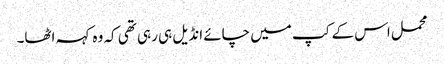
محمل اس کے کپ میں چائے انڈیل ہی رہی تھی کہ وہ کہہ اٹھا۔